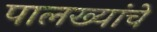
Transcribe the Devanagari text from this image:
पालख्यांचे